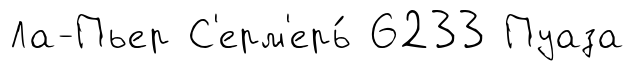
Ла-Пьер С'ерм'ерь́ 6233 Пуаза